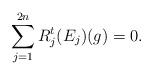
LaTeX: \begin{align*} \sum_{j=1}^{2n} R_j^t(E_j)(g)=0.\end{align*}